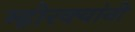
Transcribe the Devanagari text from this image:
म्होरक्‍यांनी